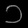
Digit: ၁